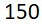
150